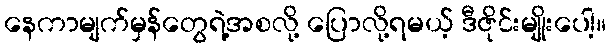
နေကာမျက်မှန်တွေရဲ့အစလို့ ပြောလို့ရမယ့် ဒီဇိုင်းမျိုးပေါ့။